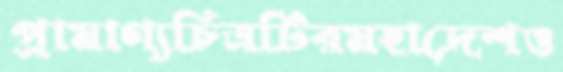
প্রামাণ্যচিত্রটিরমহাদেশও